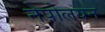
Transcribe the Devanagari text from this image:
नेपोलयन